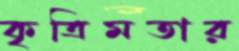
কৃত্রিমতার